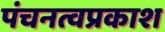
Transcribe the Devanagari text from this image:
पंचनत्वप्रकाश